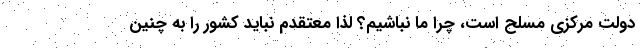
دولت مرکزی مسلح است، چرا ما نباشیم؟ لذا معتقدم نباید کشور را به چنین